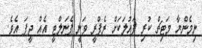
ނިމެންޔާ މަޓިޗް ކުރި ފައުލަކަށް ރެފްރީ ވަނީ ޕެނަލްޓީ އެއް ދީފަ އެވެ.